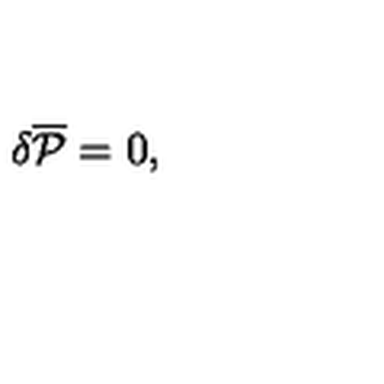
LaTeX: \delta { \overline { { \cal P } } } = 0 ,